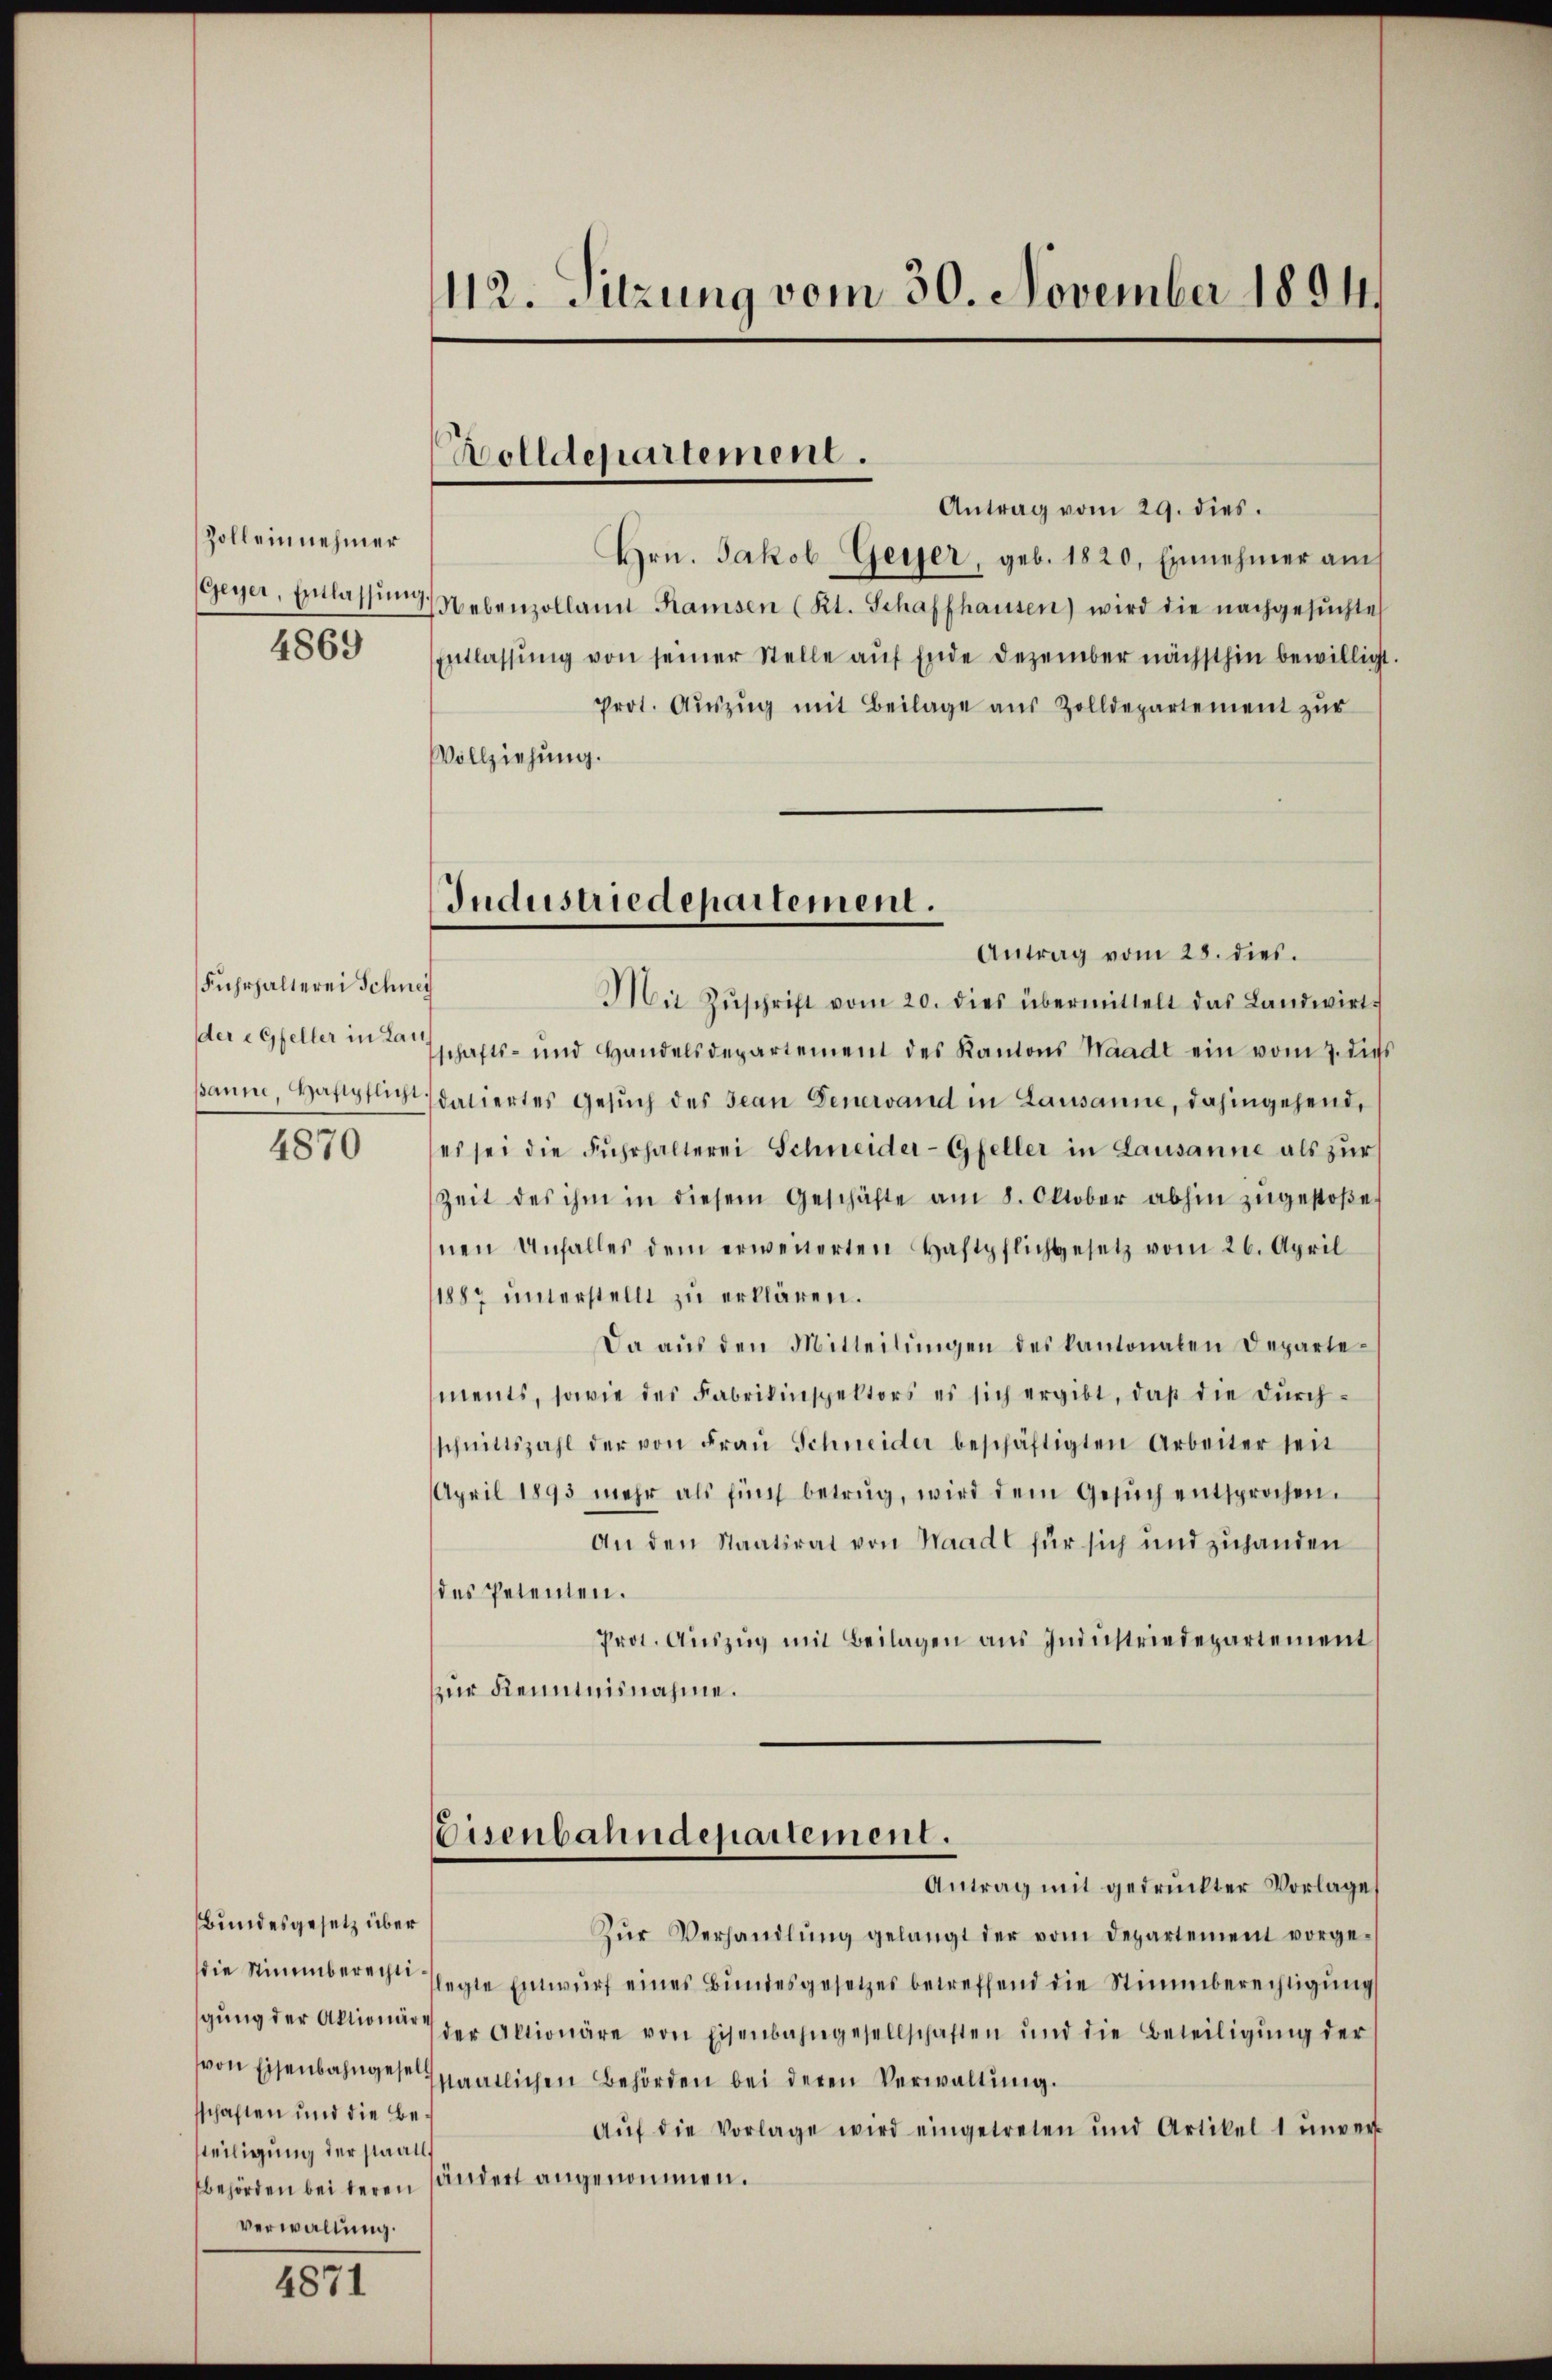
Zoll einnehmer
4869

Fuhrhalterei Schnei
dere Gfeller in Lai
4870

Bundesgesetz über
schaften und die Besteiligung der staatl
Behörden bei deren
verwaltung.

4871

112. Sitzung vom 30. November 1894

Antrag vom 29. dies.
Hrn. Jakob-Geyer, geb. 1820. Einnehmer auch
Geyer, Einlassŭng Nebenzolland Ramsen (Kt. Schaffhausen) wird die nachgesŭchte
Entlassung von seiner Stelle auf Ende Dezember nächsthin bewilligt
Prot. Aŭszŭg mit Beilage aus Zolldepartement zur
Vollziehung.
Mit Zŭschrift vom 20. dies übermittelt das Landwirt-
schafts- und Handelsdepartement des Kantons Waadt ein vom 7. dies
Banne, Haftpflicht datiertes Gesuch des Jean Generand in Lausanne, dahingehend,
es sei die Fŭhrhalterei Schneider- Gfeller in Lausanne als zur
Zeit des ihm in diesem Geschäfte am 8. Oktober abhin zŭgestoβe
nen Unfalles dem erweiterten Haftpflichgesetz vom 26. April
1887 unterstellt zu erklären.
Da aŭs den Mitteilŭngen des kantonalen Departements, sowie des Fabrikinspektors es sich ergibt, daß die dŭrch-
schnittszahl der von Fraŭ Schneider beschäftigten Arbeiter seit
April 1893 mehr als fünf betrug, wird dem Gesŭch entsprochen.
An den Staatsrat von Waadt für sich und zuhanden
des Petenten.
Prot. Aŭszŭg mit Beilagen aus Industriedepartement
zur Kenntnisnahme.
Eisenbahndepartement.
Antrag mit gedruckter Vorlages
Zŭr Verhandlŭng gelangt der vom Departement vorge-
die Stimmberecht sagte Entwŭrf eines Bŭndesgesetzes betreffend die Stimmberechtigŭng
gŭng der Aktion der Aktionäre von Eisenbahngesellschaften ŭnd die Beteiligŭng der
von Eisenbahngestaatlichen Behörden bei deren Verwaltung.
Aŭf die Vorlage wird eingetreten und Artikel 1 ŭnver-
händert angenommen.

Wolldepartement.

Jndustriedepartement.
Antrag vom 28. dies.